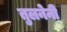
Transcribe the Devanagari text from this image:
तुलनेनी